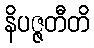
နိပဇ္ဇတီတိ